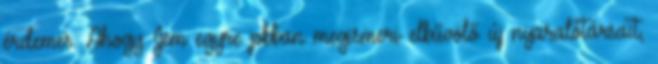
érdemes. Ahogy Jem egyre jobban megismeri elbűvölő új nyaralótársait,